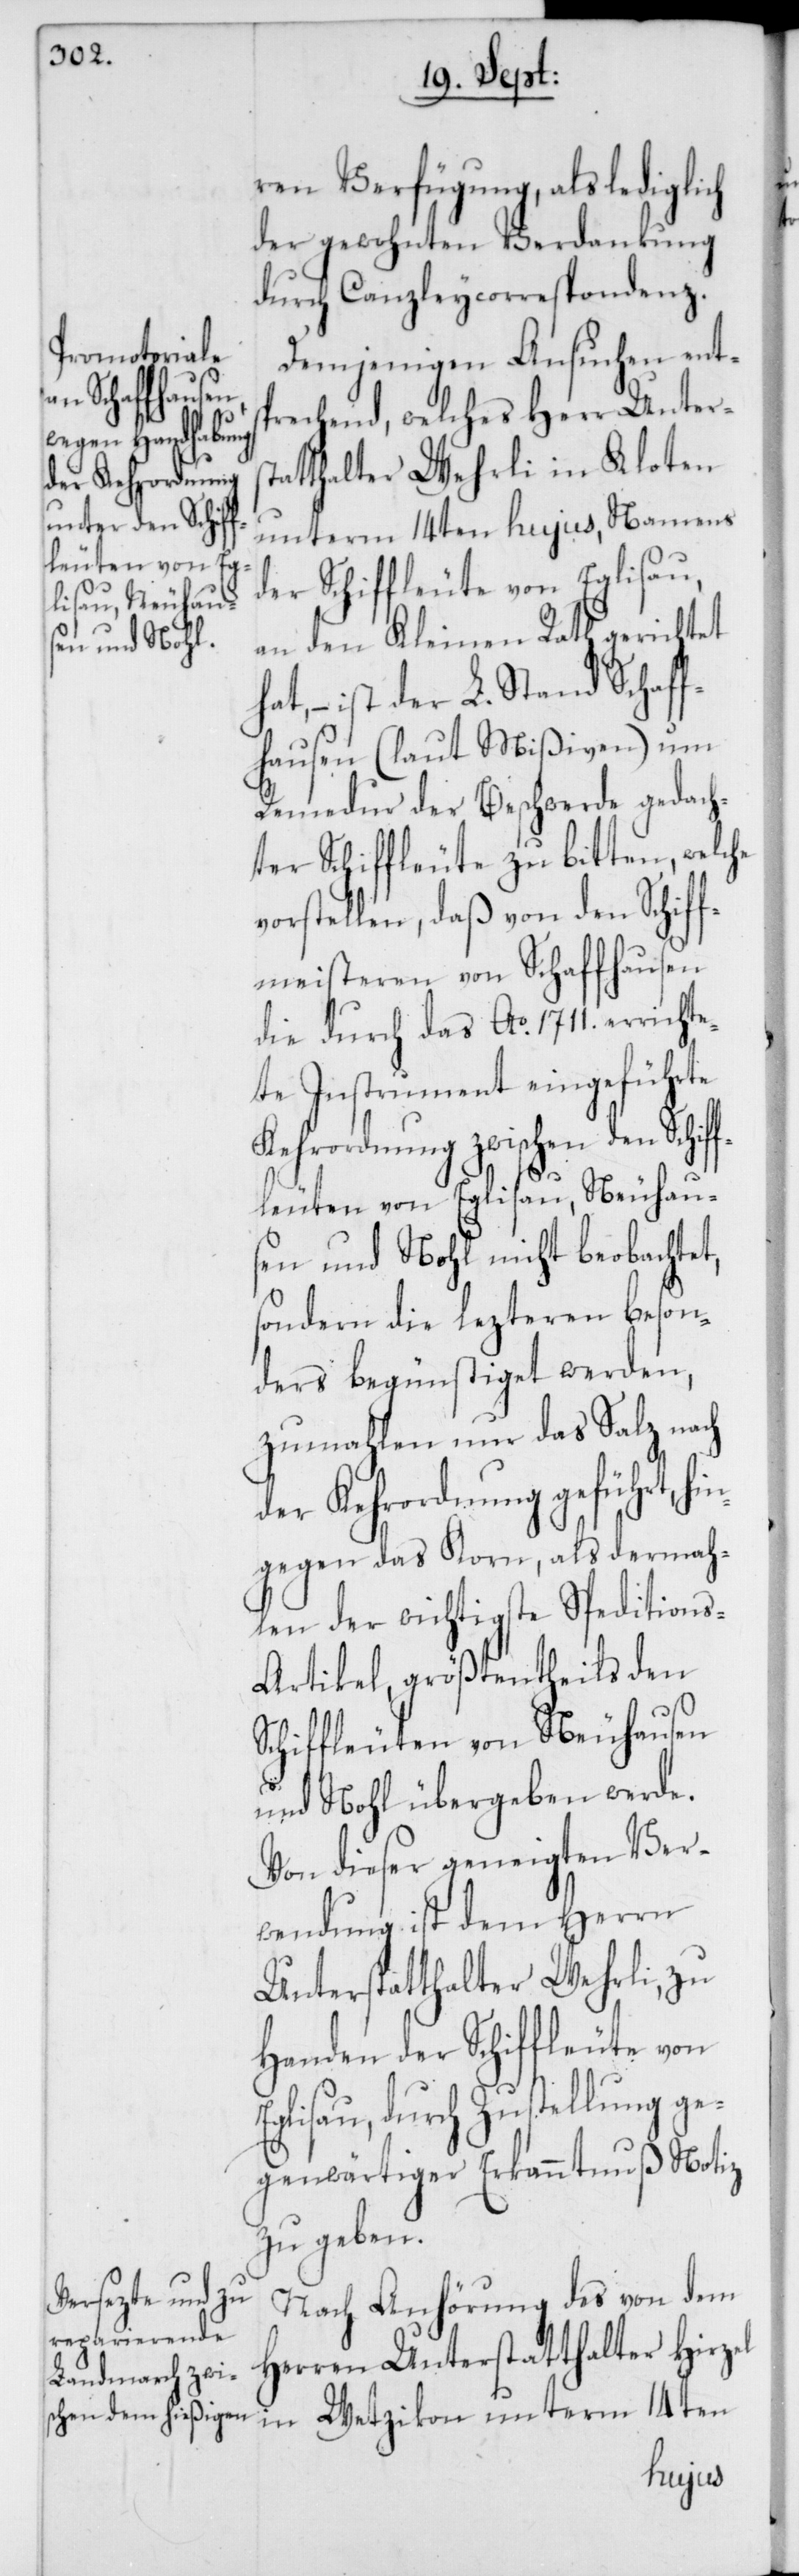
ren Verfügung, als lediglich
der gewohnten Verdankung
durch Canzleycorrespondenz
Demjenigen Ansuchen ents¬
prechend, welches Herr Unterst¬
atthalter Wehrli in Kloten
unterm 14ten hujus, Namens
der Schiffleute von Eglisau,
an den Kleinen Rath gerichtet
hat, – ist der L. Stand Schaff¬
hausen (laut Mißiven) um
Remedur der Beschwerde gedach¬
ter Schiffleute zu bitten, welche
vorstellen, daß von den Schiff¬
meisteren von Schaffhausen
die durch das Ao. 1711. erricht¬
ete Instrument eingeführte
Kehrordnung zwischen den Schif¬
fleuten von Eglisau, Neuhau¬
sen und Nohl nicht beobachtet,
sondern die lezteren beson¬
ders begünstiget werden,
zumahlen nur das Salz nach
der Kehrordnung geführt, hi¬
ngegen das Korn, als dermah¬
len der wichtigste Spedition¬
s-Artikel, größtentheils den
Schiffleuten von Neuhausen
und Nohl übergeben werde.
Von dieser geneigten Ver¬
wendung ist dem Herrn
Unterstatthalter Wehrli, zu
Handen der Schiffleute von
Eglisau, durch Zustellung ge¬
genwärtiger Erkanntnuß Notiz
zu geben.
Nach Anhörung des von dem
Herren Unterstatthalter Hirzel